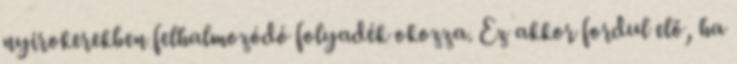
nyirokerekben felhalmozódó folyadék okozza. Ez akkor fordul elő, ha